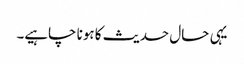
یہی حال حدیث کا ہونا چاہیے۔